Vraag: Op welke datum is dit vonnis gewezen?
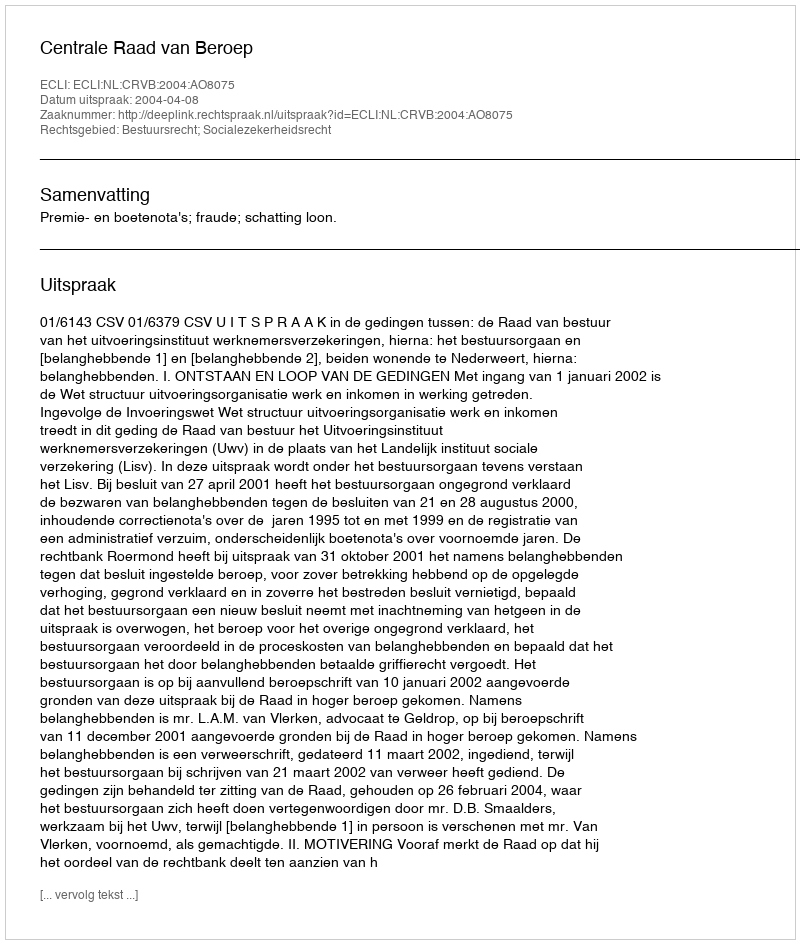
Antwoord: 2004-04-08